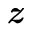
\textit { \textbf { z } }